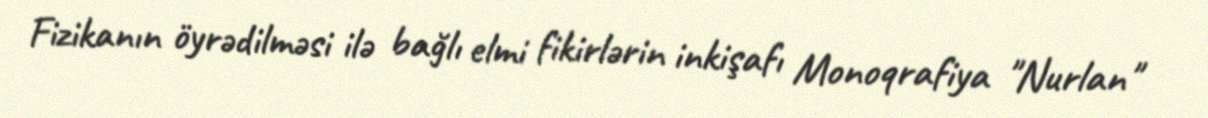
Fizikanın öyrədilməsi ilə bağlı elmi fikirlərin inkişafı Monoqrafiya "Nurlan"